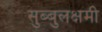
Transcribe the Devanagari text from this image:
सुब्बुलक्षमी